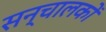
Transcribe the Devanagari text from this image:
सन्चालकों